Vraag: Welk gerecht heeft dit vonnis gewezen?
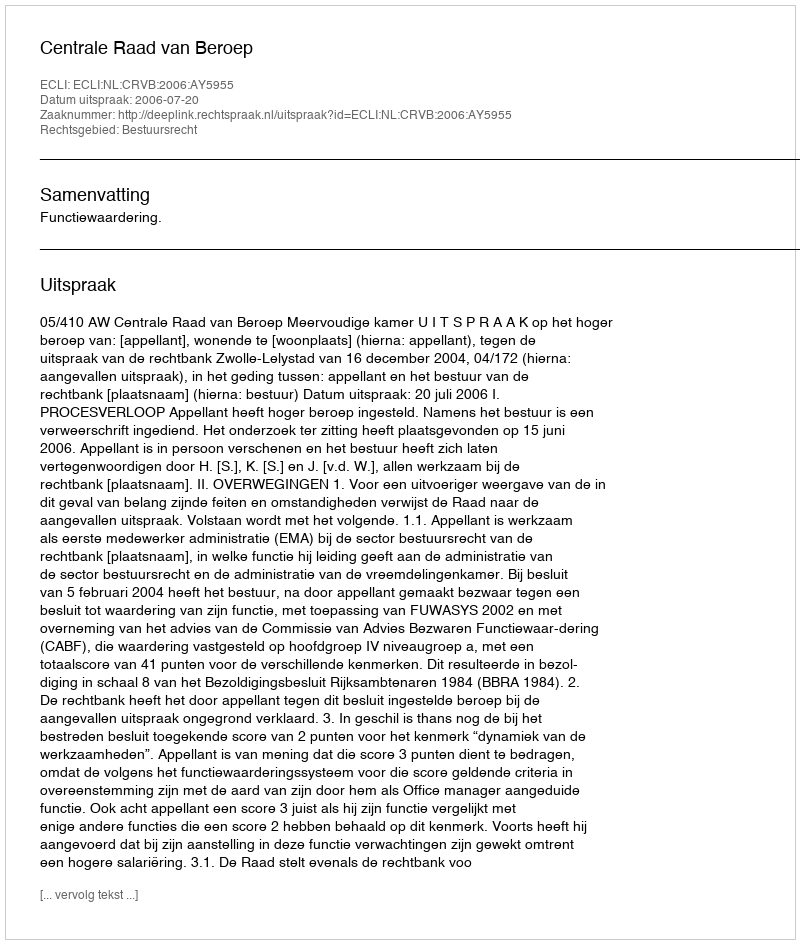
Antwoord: Centrale Raad van Beroep